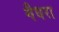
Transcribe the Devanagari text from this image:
गैधरा